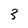
Character: 3